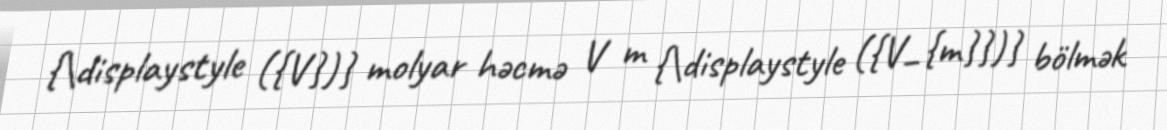
{\displaystyle ({V})} molyar həcmə V m {\displaystyle ({V_{m}})} bölmək